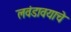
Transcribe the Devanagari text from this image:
लवंडावयाचे